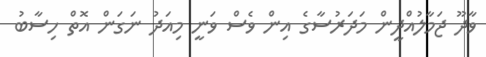
ވާދޫ ޖަމާލުއްދީން މަދަރުސާގެ އިން ވެސް ވަނީ މިއަދު ނަގަން އޮތް ހިސާބު